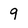
Character: 9